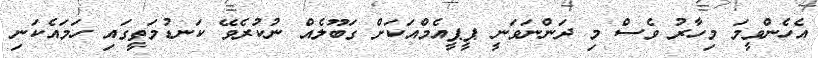
އެހެންވީމަ މިހާރު ވެސް މި ދަންނަވަނީ ޕީޕީއެމްއަކަށް ގަބޫލެއް ނުކުރެވޭ ކަނޑުމަތީގައި ހަމައެކަނި